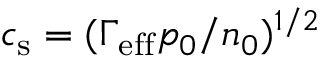
c _ { \mathrm { s } } = ( \Gamma _ { \mathrm { e f f } } p _ { 0 } / n _ { 0 } ) ^ { 1 / 2 }